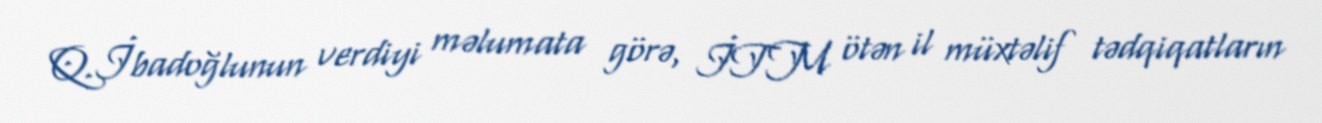
Q.İbadoğlunun verdiyi məlumata görə, İTM ötən il müxtəlif tədqiqatların